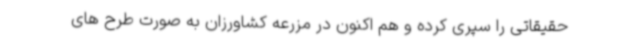
حقیقاتی را سپری کرده و هم اکنون در مزرعه کشاورزان به صورت طرح های